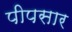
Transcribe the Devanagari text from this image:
पीपसार